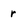
Character: r